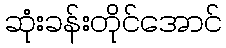
ဆုံးခန်းတိုင်အောင်